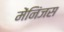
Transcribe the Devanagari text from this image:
मेंनिंजस